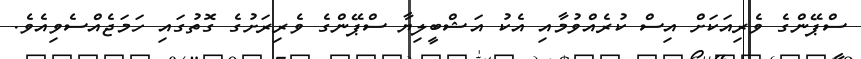
ސްޕޭންގެ ވެރިއަކަށް އިސް ކުރެއްވުމާއި އެކު އަޝްބީލިޔާ ސްޕޭންގެ ވެރިރަށުގެ ގޮތުގައި ހަމަޖެއްސެވިއެވެ.